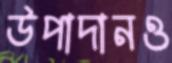
উপাদানও